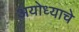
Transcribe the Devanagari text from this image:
अयोध्याचे